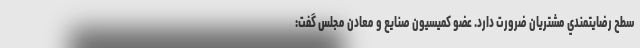
سطح رضايتمندي مشتريان ضرورت دارد. عضو كميسيون صنايع و معادن مجلس گفت: